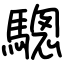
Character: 驄